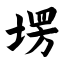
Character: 塄